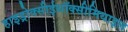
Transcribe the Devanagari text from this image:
हाइड्रोक्सीईथॉक्सीमिथाइल